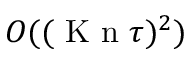
O ( ( \ensuremath { \mathrm { ~ K ~ n ~ } } \tau ) ^ { 2 } )